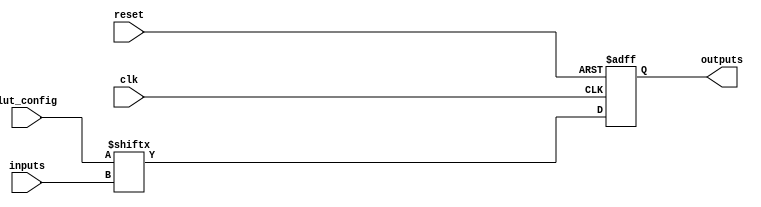
module CLB #(
    parameter NUM_INPUTS = 4,  // Number of inputs to the CLB
    parameter NUM_OUTPUTS = 1,  // Number of outputs from the CLB
    parameter LUT_SIZE = 16     // Size of the LUT (2^NUM_INPUTS)
)(
    input  wire [NUM_INPUTS-1:0]  inputs,     // Input lines
    input  wire [LUT_SIZE-1:0]     lut_config, // LUT configuration bits
    input  wire                     clk,        // Clock for flip-flops
    input  wire                     reset,      // Reset signal
    output wire [NUM_OUTPUTS-1:0]  outputs      // Output lines
);

    // Internal signals
    wire [NUM_OUTPUTS-1:0] lut_output; // Output from LUT
    reg [NUM_OUTPUTS-1:0] ff_output;    // Output from flip-flops

    // Look-Up Table (LUT) implementation
    function [NUM_OUTPUTS-1:0] lut;
        input [NUM_INPUTS-1:0] in;
        input [LUT_SIZE-1:0] config;
        begin
            lut = config[in]; // Access the LUT based on input
        end
    endfunction

    // Generate the LUT output
    assign lut_output = lut(inputs, lut_config);

    // Flip-Flop to store the LUT output
    always @(posedge clk or posedge reset) begin
        if (reset) begin
            ff_output <= 0; // Reset output
        end else begin
            ff_output <= lut_output; // Store LUT output in FF
        end
    end

    // Assign the final outputs
    assign outputs = ff_output;

endmodule